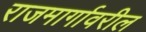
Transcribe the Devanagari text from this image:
राजमार्गावरील